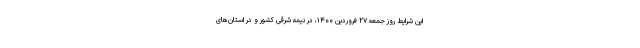
این شرایط روز جمعه ۲۷ فروردین ۱۴۰۰، در نیمه شرقی کشور و در استان‌های